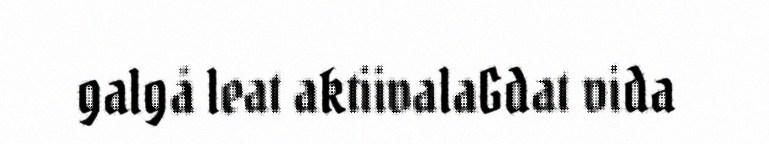
galgå leat aktiivalaGdat vida